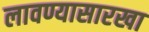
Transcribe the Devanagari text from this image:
लावण्यासारखा